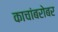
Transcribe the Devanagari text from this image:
काचांबरोबर